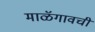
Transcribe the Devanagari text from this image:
माळॅगावची